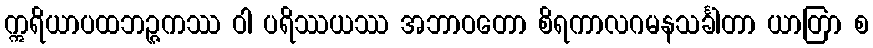
ဣရိယာပထဘဉ္ဇကဿ ဝါ ပရိဿယဿ အဘာဝတော စိရကာလဂမနသင်္ခါတာ ယာတြာ စ